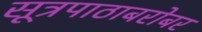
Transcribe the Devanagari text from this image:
सूत्रपाठाबरोबर